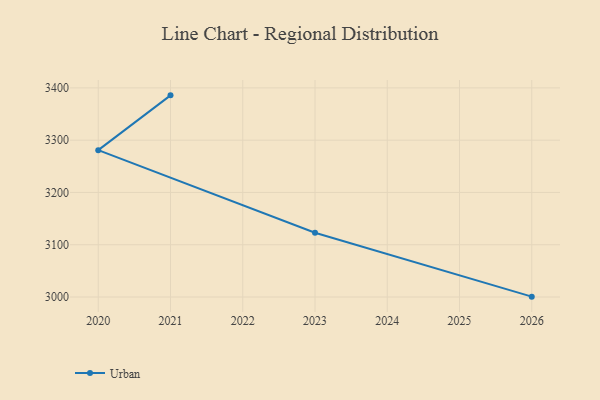
{"axis": {"x": "Year", "y": "Humidity (%)"}, "legend": ["Urban"], "data": [{"x": "2021", "y": 3385.7, "type": "Urban"}, {"x": "2020", "y": 3280.9, "type": "Urban"}, {"x": "2023", "y": 3122.9, "type": "Urban"}, {"x": "2026", "y": 3000.7, "type": "Urban"}]}